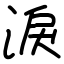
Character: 淚